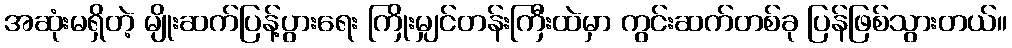
အဆုံးမရှိတဲ့ မျိုးဆက်ပြန့်ပွားရေး ကြိုးမျှင်တန်းကြီးထဲမှာ ကွင်းဆက်တစ်ခု ပြန်ဖြစ်သွားတယ်။